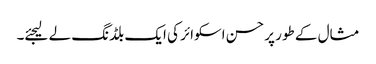
مثال کے طور پر حسن اسکوائر کی ایک بلڈنگ لے لیجئے۔